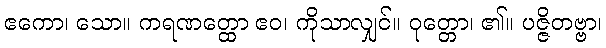
ဧကော၊ သော။ ကရဏတ္ထော ဧဝ၊ ကိုသာလျှင်။ ဝုတ္တော၊ ၏။ ပဇ္ဇိတဗ္ဗာ၊